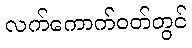
လက်ကောက်ဝတ်တွင်